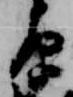
原